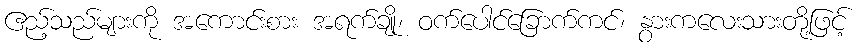
ဧည့်သည်များကို အကောင်းစား အရက်ချို၊ ဝက်ပေါင်ခြောက်ကင်၊ နွားကလေးသားတို့ဖြင့်